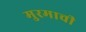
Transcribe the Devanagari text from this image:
मुरमाची